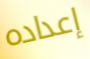
إعداده